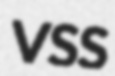
VSS